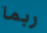
ربما